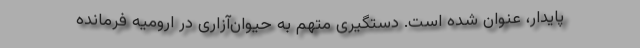
پایدار، عنوان شده است. دستگیری متهم به حیوان‌آزاری در ارومیه فرمانده